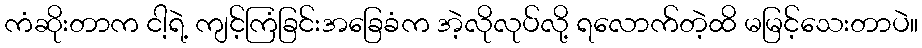
ကံဆိုးတာက ငါ့ရဲ့ ကျင့်ကြံခြင်းအခြေခံက အဲ့လိုလုပ်လို့ ရလောက်တဲ့ထိ မမြင့်သေးတာပဲ။